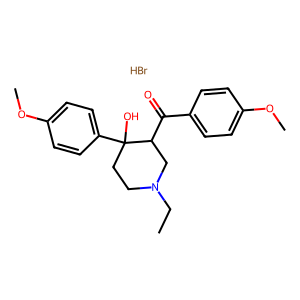
SMILES: Br.CCN1CCC(O)(c2ccc(OC)cc2)C(C(=O)c2ccc(OC)cc2)C1
Inhibits HIV replication: No